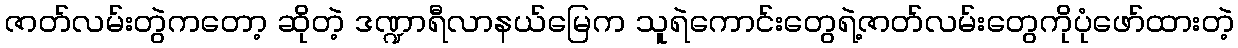
ဇာတ်လမ်းတွဲကတော့ ဆိုတဲ့ ဒဏ္ဍာရီလာနယ်မြေက သူရဲကောင်းတွေရဲ့ဇာတ်လမ်းတွေကိုပုံဖော်ထားတဲ့